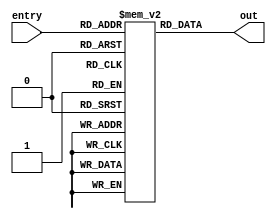
module ROM4_3 (entry, out);
    input[3:0] entry;
    output[2:0] out;

    reg[2:0] ROM16X3 [15:0];

    initial begin
        ROM16X3[0] <= 3'b000;
        ROM16X3[1] <= 3'b001;
        ROM16X3[2] <= 3'b001;
        ROM16X3[3] <= 3'b010;
        ROM16X3[4] <= 3'b001;
        ROM16X3[5] <= 3'b010;
        ROM16X3[6] <= 3'b010;
        ROM16X3[7] <= 3'b011;
        ROM16X3[8] <= 3'b001;
        ROM16X3[9] <= 3'b010;
        ROM16X3[10] <= 3'b010;
        ROM16X3[11] <= 3'b011;
        ROM16X3[12] <= 3'b010;
        ROM16X3[13] <= 3'b011;
        ROM16X3[14] <= 3'b011;
        ROM16X3[15] <= 3'b100;
    end

    assign out = ROM16X3[entry];

endmodule